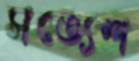
সত্যেশ